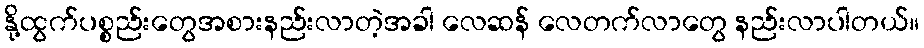
နို့ထွက်ပစ္စည်းတွေအစားနည်းလာတဲ့အခါ လေဆန် လေတက်လာတွေ နည်းလာပါတယ်။